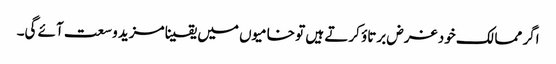
اگر ممالک خود غرض برتاؤ کرتے ہیں تو خامیوں میں یقینا مزید وسعت آئے گی۔